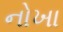
નોખા